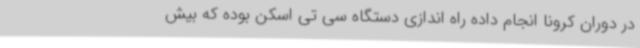
در دوران کرونا انجام داده راه اندازی دستگاه سی تی اسکن بوده که بیش